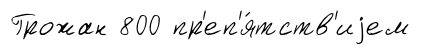
Грожан 800 пр'еп'я́тств'иjем